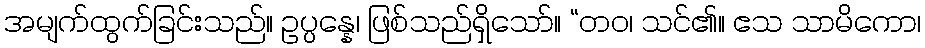
အမျက်ထွက်ခြင်းသည်။ ဥပ္ပန္နေ၊ ဖြစ်သည်ရှိသော်။ “တဝ၊ သင်၏။ ဧသ သာမိကော၊